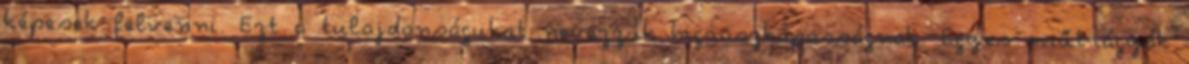
képesek felvenni. Ezt a tulajdonságukat nevezzük higroszkóposságnak. Egyes műtrágyák